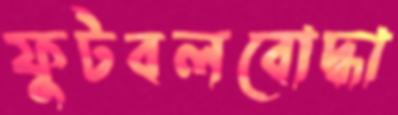
ফুটবলবোদ্ধা